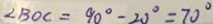
\angle B O C = 9 0 ^ { \circ } - 2 0 ^ { \circ } = 7 0 ^ { \circ }